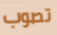
تصوب